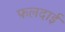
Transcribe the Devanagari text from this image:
फलदाई